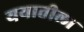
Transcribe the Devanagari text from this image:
ययातीला